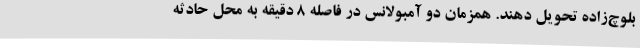
بلوچ‌زاده تحویل دهند. همزمان دو آمبولانس در فاصله 8 دقیقه به محل حادثه